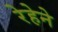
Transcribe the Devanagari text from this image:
रेहेने